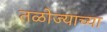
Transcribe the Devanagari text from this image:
तळोज्याच्या